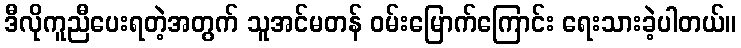
ဒီလိုကူညီပေးရတဲ့အတွက် သူအင်မတန် ဝမ်းမြောက်ကြောင်း ရေးသားခဲ့ပါတယ်။